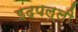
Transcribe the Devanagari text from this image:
इदपल्ली